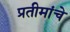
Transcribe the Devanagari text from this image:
प्रतीमांचे